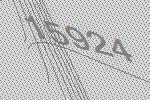
15924